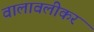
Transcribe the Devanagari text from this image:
वालावलीकर